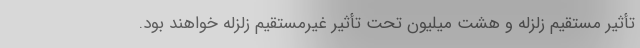
تأثیر مستقیم زلزله و هشت میلیون تحت تأثیر غیرمستقیم زلزله خواهند بود.